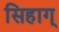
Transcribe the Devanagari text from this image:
सिहाग्